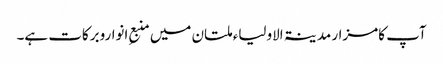
آپ کامزار مدینۃ الاولیاء ملتان میں منبعِ انواروبرکات ہے۔